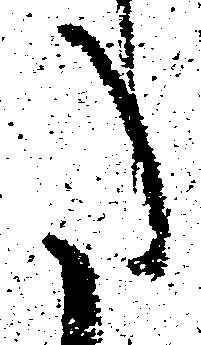
た